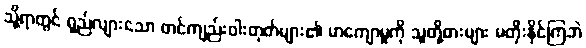
သို့ရာတွင် ရှည်လျားသော တင်ကျည်းဝါးတုတ်များ၏ မာကျောမှုကို သူတို့ဓားများ မတိုးနိုင်ကြဘဲ